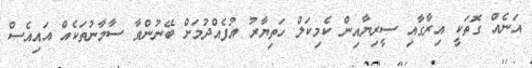
އަނެއް ގޮތަކީ އިރާގާއި ސީރިޔާއިން ކެމިކަލް ހަތިޔާރު އުފެއްދުމަށް ބޭނުންވާ ސާމާނުތަކެއް އައިއެސް